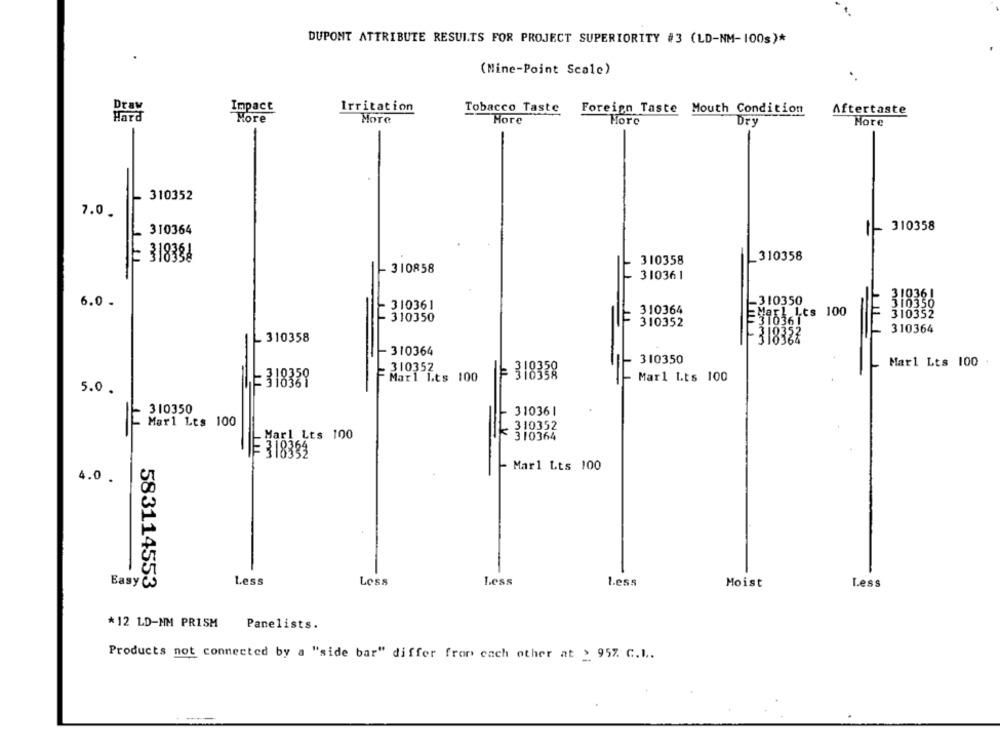
DUPONT ATTRIBUTE RESULTS FOR PROJECT SUPERIORITY #3 (LD-NM-100s)*
(Mine-Point Scale)
Draw
Impact
Irritation
Tobacco Taste
Foreign Taste Mouth Condition
Aftertaste
Hard
More
More
Hore
Horc
Dry
More
310352
7.0
310364
1- 310358
_310358
318394
310358
310858
310361
-310350
310361
6.0.
310361
310350
310364
=Mar1 Lts 100
310352
310350
310352
310361
310364
310358
31838%
310364
310350
Marl Lts 100
310352
= 318338
LE 318359
Marl Its 100
Marl Lts 100
5.0.
310350
310361
Mar1 Lts 100
310352
Marl Lts 100
1k
310364
IF 318332
Mar1 Lts 100
4.0.
Easy CS
Less
Less
Less
Less
Moist
Less
583114553
*12 LD-NM PRISM
Panelists.
Products not connected by a "side bar" differ from each other at > 957. C.L ..